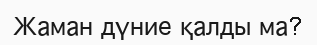
Жаман дүние қалды ма?